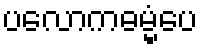
ပလောကဓမ္မံပေ